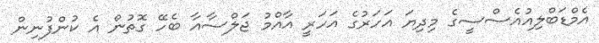
އެމްޑަބްލިއުއެސްސީގެ މިދިޔަ އަހަރުގެ އަހަރީ އާއްމު ޖަލްސާއާ ބެހޭ ގޮތުން އެ ކުންފުނިން